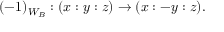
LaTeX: ( - 1 ) _ { W _ { B } } : ( x : y : z ) \to ( x : - y : z ) .